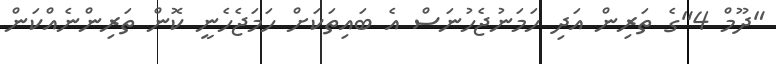
"ދޫމް 4"ގެ ތަރިން އަދި ހަމަނުޖެހުނަސް އެ ބައިތަކަށް ހަމަޖެހެނީ ކޮން ތަރިންނެއްކަން